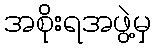
အစိုးရအဖွဲ့မှ